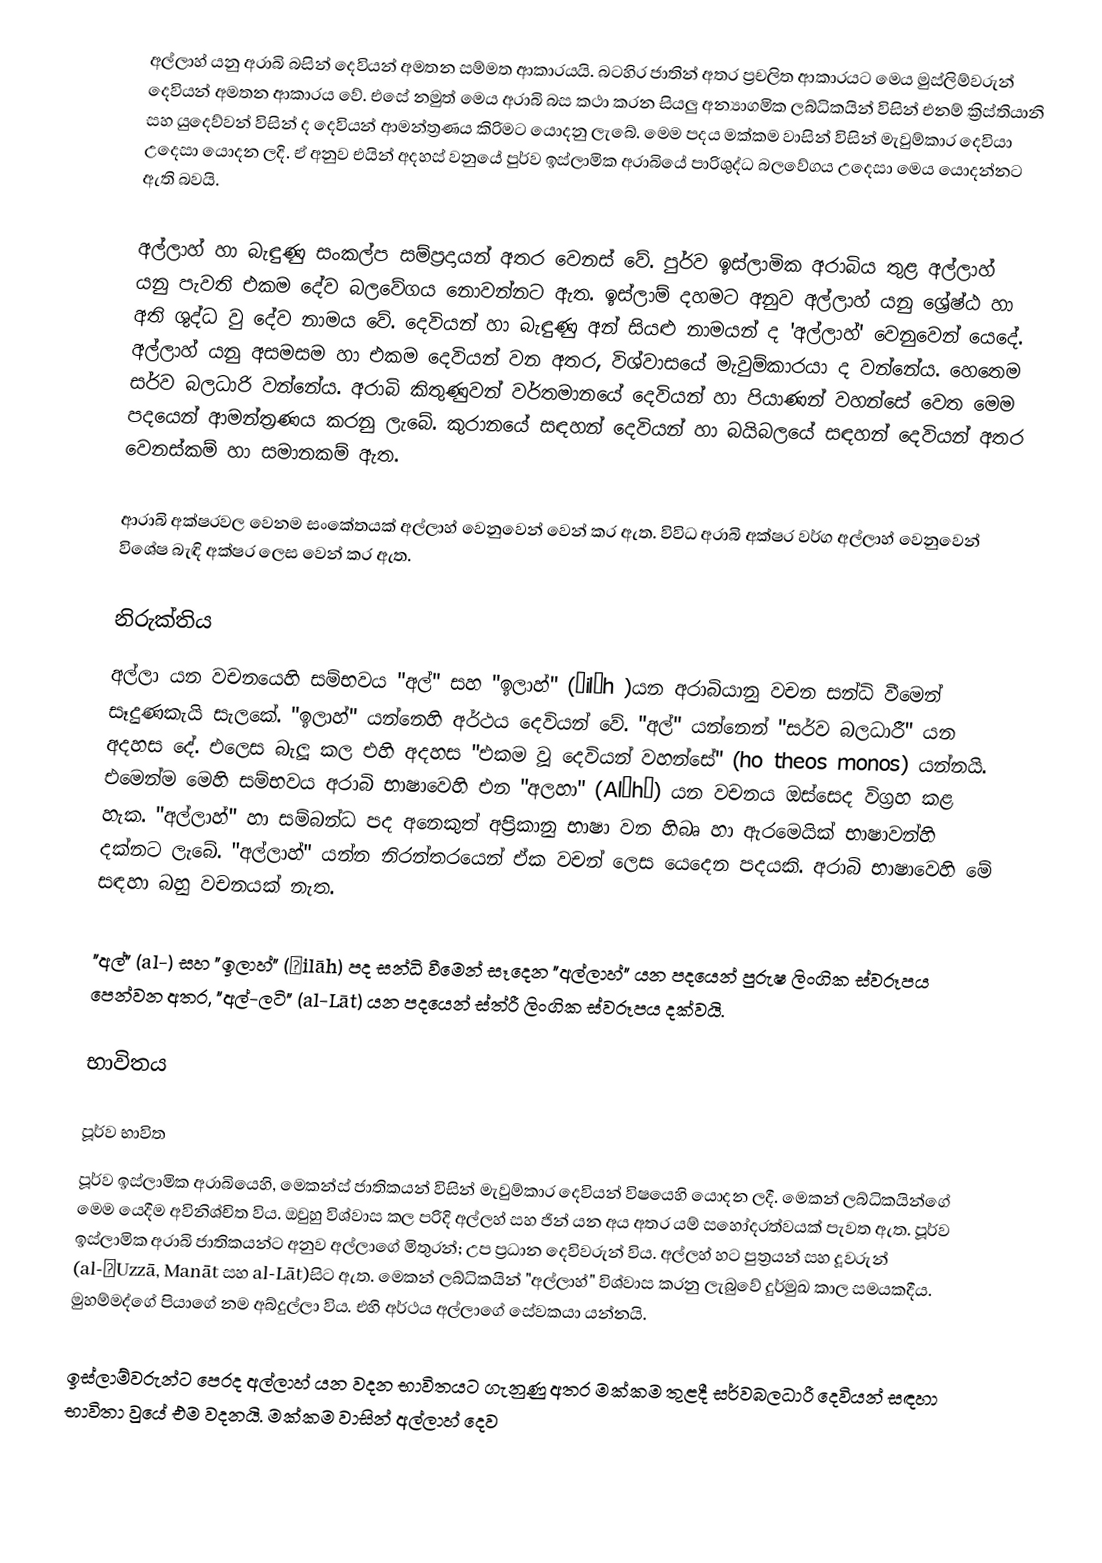
අල්ලාහ් යනු අරාබි බසින් දෙවියන් අමතන සම්මත ආකාරයයි. බටහිර ජාතින් අතර ප්‍රචලිත ආකාරයට මෙය මුස්ලිම්වරුන් දෙවියන් අමතන ආකාරය වේ. එසේ නමුත් මෙය ‍අරාබි බස කථා කරන සියලු අන්‍යාගමික ලබ්ධිකයින් විසින් එනම් ක්‍රිස්තියානි සහ යුදෙව්වන් විසින් ද දෙවියන් ආමන්ත්‍රණය කිරිමට යොදනු ලැබේ. මෙම පදය මක්කම වාසින් විසින් මැවුම්කාර දෙවියා‍ උදෙසා යොදන ලදි. ඒ අනුව එයින් අදහස් වනුයේ පුර්ව ඉස්ලාමික අරාබියේ පාරිශුද්ධ බලවේගය උදෙසා මෙය යොදන්නට ඇති බවයි.

අල්ලාහ් හා බැඳුණු සංකල්ප සම්ප්‍රදායන් අතර වෙනස් වේ. පුර්ව ඉස්ලාමික අරාබිය තුළ අල්ලාහ් යනු පැවති එකම දේව බලවේගය නොවන්නට ඇත. ඉස්ලාම් දහමට අනුව අල්ලාහ් යනු ශ්‍රේෂ්ඨ හා අති ශුද්ධ වු දේව නාමය වේ. දෙවියන් හා බැඳුණු අන් සියළු නාමයන් ද 'අල්ලාහ්' වෙනුවෙන් යෙදේ. අල්ලාහ් යනු අසමසම හා එකම දෙවියන් වන අතර, විශ්වාසයේ මැවුම්කාරයා ද වන්නේය. හෙතෙම සර්ව බලධාරි වන්නේය. අරාබි කිතුණුවන් වර්තමානයේ දෙවියන් හා පියාණන් වහන්සේ වෙත මෙම පදයෙන් ආමන්ත්‍රණය කරනු ලැබේ. කුරානයේ සඳහන් දෙවියන් හා බයිබලයේ සඳහන් දෙවියන් අතර වෙනස්කම් හා සමානකම් ඇත.

ආරාබි අක්ෂරවල වෙනම සංකේතයක් අල්ලාහ් වෙනුවෙන් වෙන් කර ඇත. විවිධ අරාබි අක්ෂර වර්ග අල්ලාහ් වෙනුවෙන් විශේෂ බැඳි අක්ෂර ලෙස වෙන් කර ඇත.

නිරුක්තිය
අල්ලා යන වචනයෙහි සම්භවය "අල්" සහ "ඉලාහ්" (ʾilāh )යන අරාබියානු වචන සන්ධි වීමෙන් සෑදුණකැයි සැලකේ. "ඉලාහ්" යන්නෙහි අර්ථය දෙවියන් වේ. "අල්" යන්නෙන් "සර්ව බලධාරී" යන අදහස දේ. එලෙස බැලූ කල එහි අදහස "එකම වූ දෙවියන් වහන්සේ" (ho theos monos) යන්නයි. එමෙන්ම මෙහි සම්භවය අරාබි භාෂාවෙහි එන "අලහා" (Alāhā) යන වචනය ඔස්සෙද විග්‍රහ කළ හැක. "අල්ලාහ්" හා සම්බන්ධ පද අනෙකුත් අප්‍රිකානු භාෂා වන හිබෘ හා ඇරමෙයික් භාෂාවන්හි දක්නට ලැබේ. "අල්ලාහ්" යන්න නිරන්තරයෙන් ඒක වචන් ලෙස යෙදෙන පදයකි. අරාබි භාෂාවෙහි මේ සඳහා බහු වචනයක් නැත.

"අල්" (al-) සහ "ඉලාහ්" (ʾilāh) පද සන්ධි වීමෙන් සෑදෙන "අල්ලාහ්" යන පදයෙන් පුරුෂ ලිංගික ස්වරූපය පෙන්වන අතර, "අල්-ලටි" (al-Lāt) යන පදයෙන් ස්ත්රී ලිංගික ස්වරූපය දක්වයි.

භාවිතය

පූර්ව භාවිත
පූර්ව ඉස්ලාමික අරාබියෙහි, මෙකන්ස් ජාතිකයන් විසින් මැවුම්කාර දෙවියන් විෂයෙහි යොදන ලදී. මෙකන් ලබ්ධිකයින්ගේ මෙම යෙදීම අවිනිශ්චිත විය. ඔවුහු විශ්වාස කල පරිදි අල්ලහ් සහ ජින් යන අය අතර යම් සහෝදරත්වයක් පැවත ඇත. පූර්ව ඉස්ලාමික අරාබි ජාතිකයන්ට අනුව අල්ලාගේ මිතුරන්; උප ප්‍රධාන දෙවිවරුන් විය. අල්ලහ් හට පුත්‍රයන් සහ දූවරුන් (al-ʿUzzā, Manāt සහ al-Lāt)සිට ඇත. මෙකන් ලබ්ධිකයින් "අල්ලාහ්" විශ්වාස කරනු ලැබුවේ දුර්මුඛ කාල සමයකදීය. මුහම්මද්ගේ පියාගේ නම අබ්දුල්ලා විය. එහි අර්ථය අල්ලාගේ සේවකයා යන්නයි.

ඉස්ලාම්වරුන්ට පෙරද අල්ලාහ් යන වදන භාවිතයට ගැනුණු අතර මක්කම තුළදී සර්වබලධාරී දෙවියන් සඳහා භාවිතා වුයේ එම වදනයි. මක්කම වාසින් අල්ලාහ් දෙව